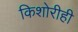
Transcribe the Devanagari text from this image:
किशोरीही